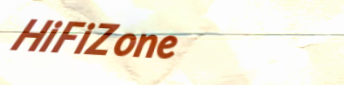
HiFiZone